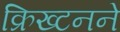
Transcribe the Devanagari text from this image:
क्रिख्टनने